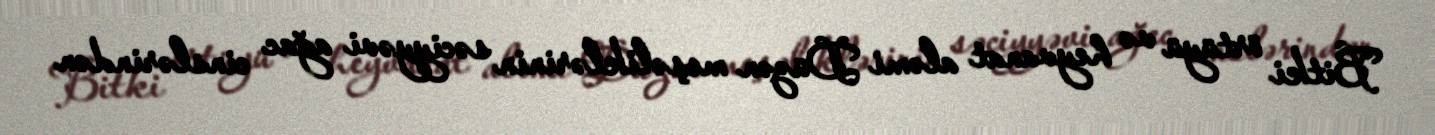
Bitki örtüyü və heyvanat aləmi Düzən meşəliklərinin səciyyəvi ağac cinslərindən